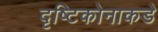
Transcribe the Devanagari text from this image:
दृष्टिकोनाकडे